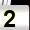
Digit: 2